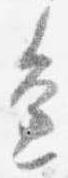
辺